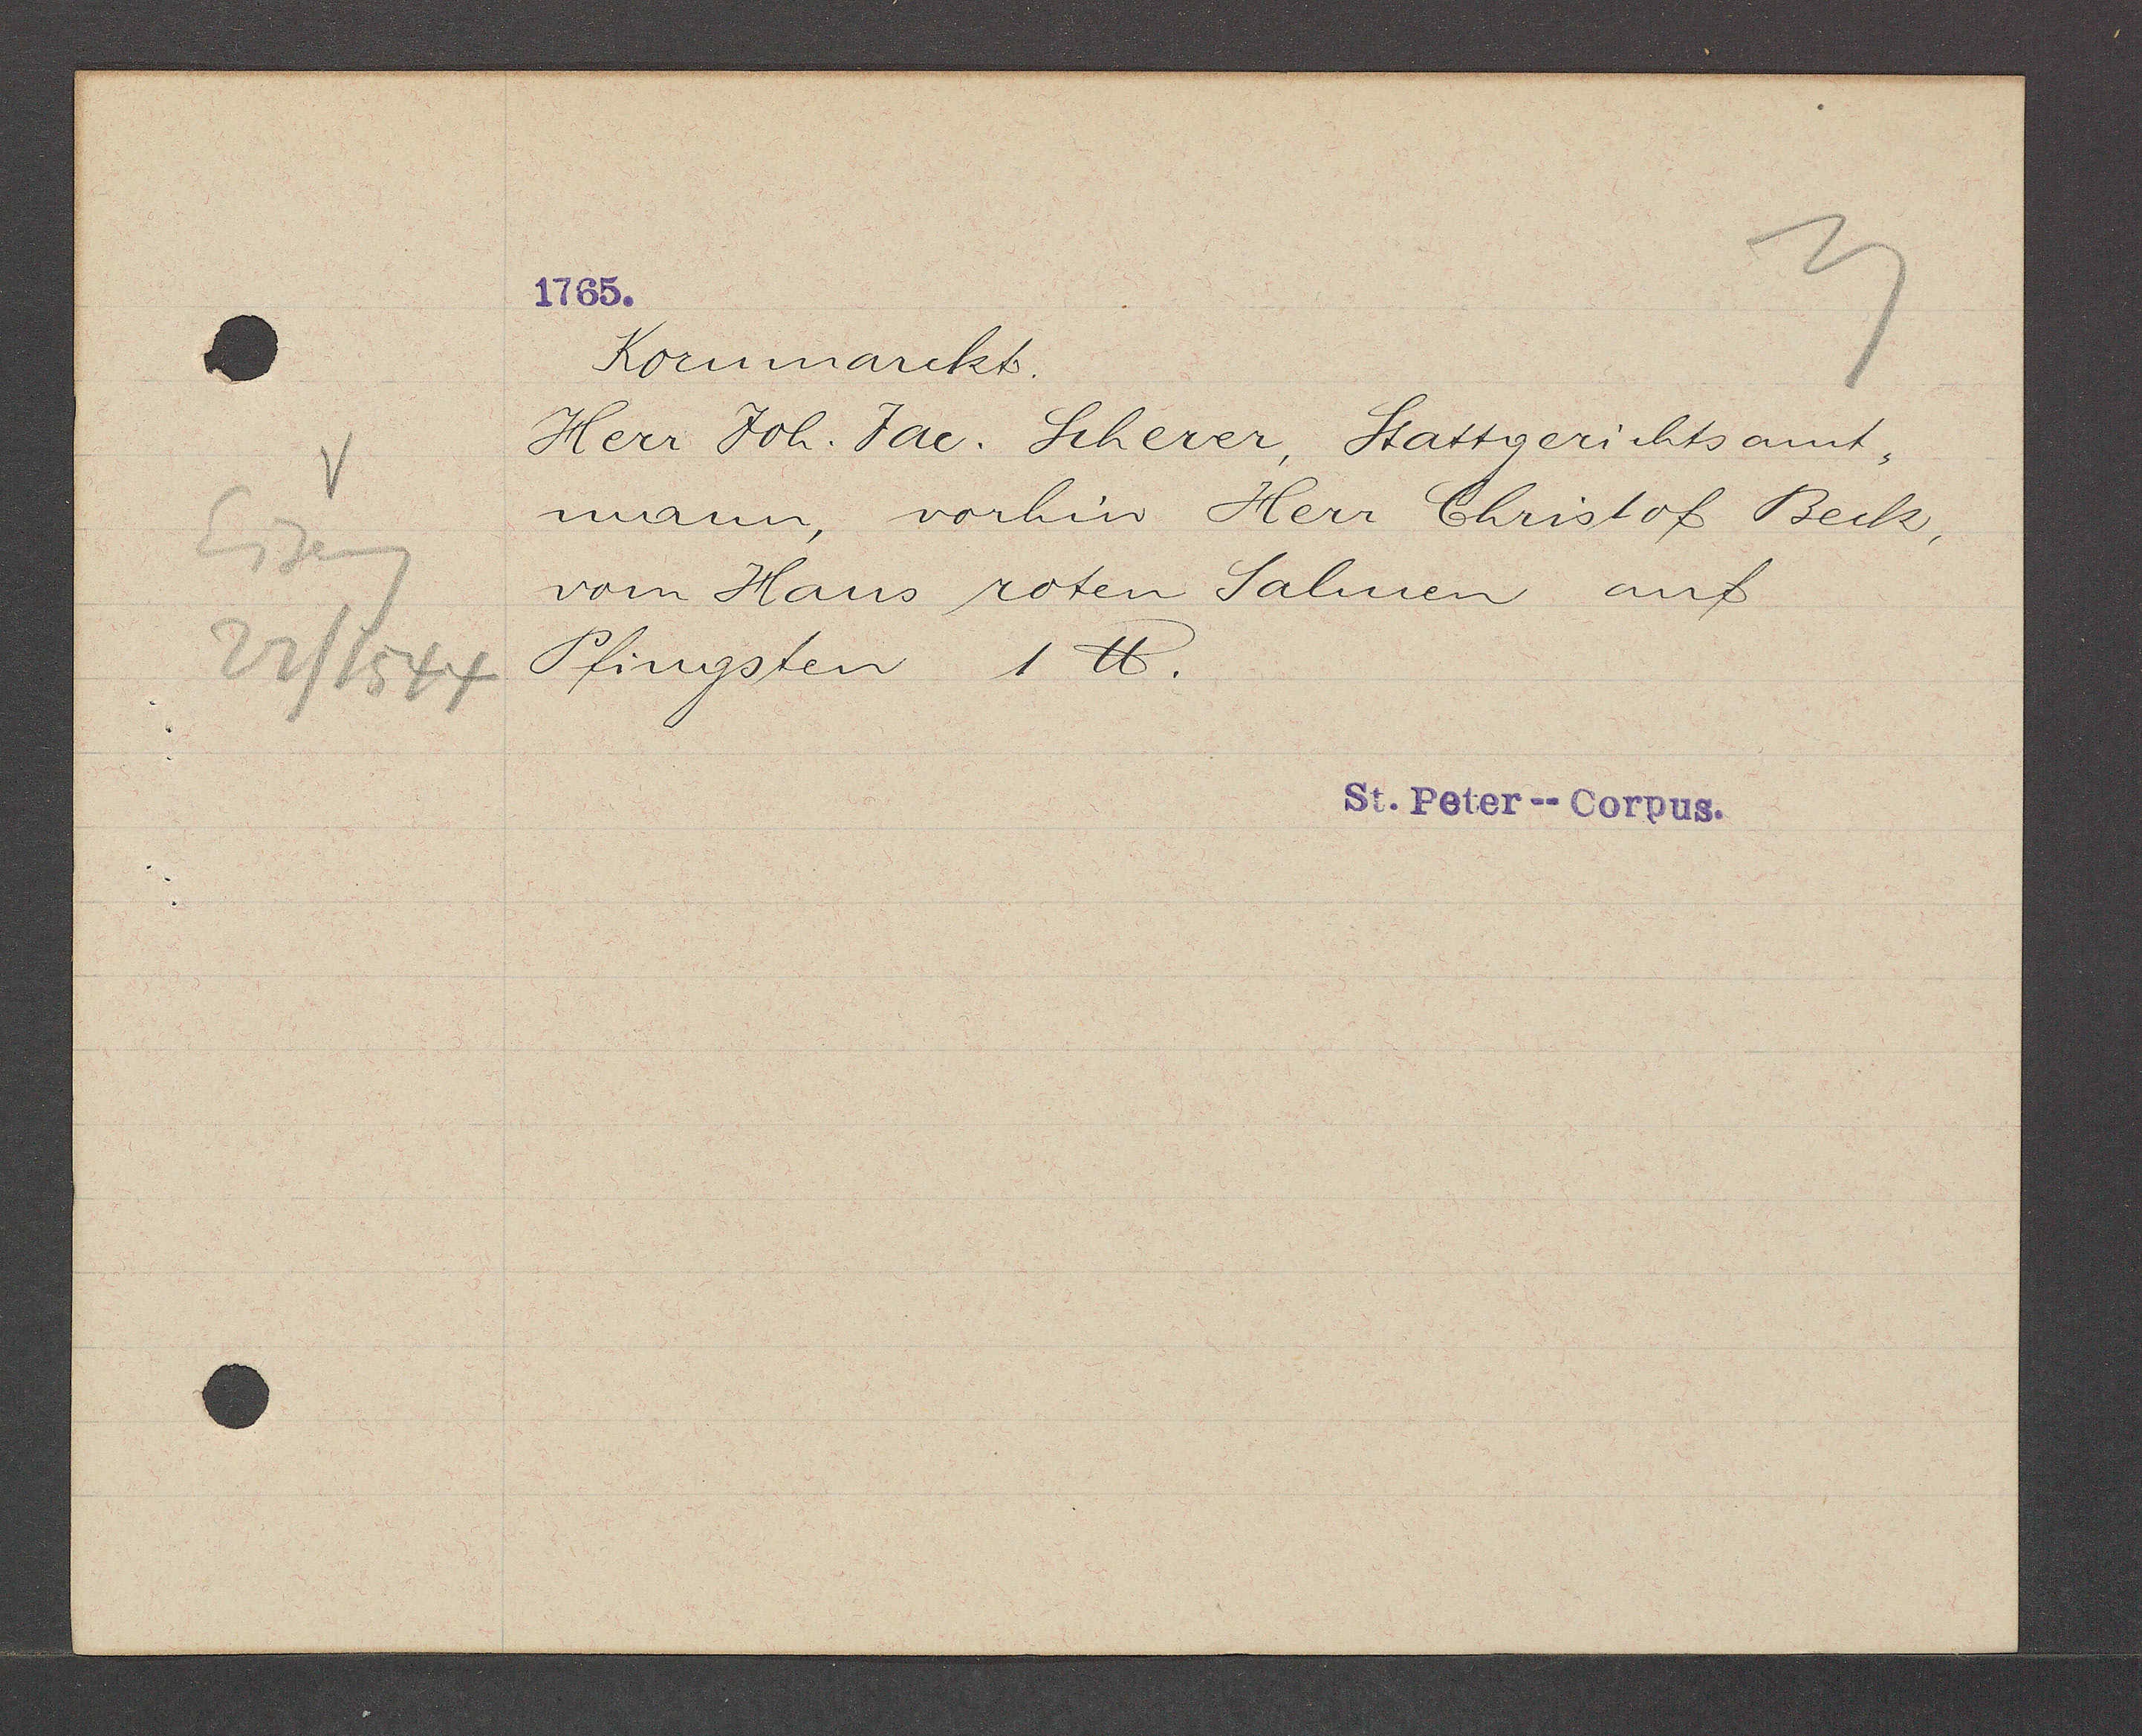
Transcript:
Eiseng
22/1544

Kornmarckt.
Herr Joh. Jac. Scherer, Stattgerichtsamt-
mann, vorhin Herr Christof Beck,
vom Haus roten Salmen auf
Pfingsten 1℔.